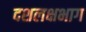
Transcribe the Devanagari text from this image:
दशलक्षभाग